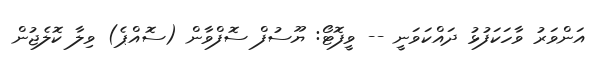
އަންވަރު ވާހަކަފުޅު ދައްކަވަނީ -- ވީފޮޓޯ: ޔޫސުފް ސޮފްވާން (ސޮއްޕެ) ވިލާ ކޮލެޖުން